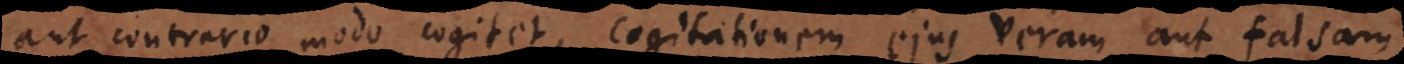
aut contrario modo cogitet, cogitationem ejus veram aut falsam